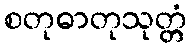
စတုဓာတုသုတ္တံ